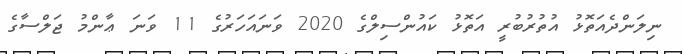
ނިލަންދެއަތޮޅު އުތުރުބުރީ އަތޮޅު ކައުންސިލްގެ 2020 ވަނައަހަރުގެ 11 ވަނަ ޢާންމު ޖަލްސާގެ